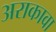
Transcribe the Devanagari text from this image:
अराकावा